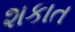
શકાત